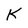
Character: K